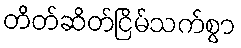
တိတ်ဆိတ်ငြိမ်သက်စွာ